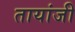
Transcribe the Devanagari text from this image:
तायांजी